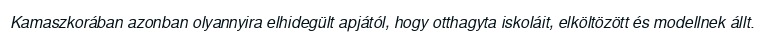
Kamaszkorában azonban olyannyira elhidegült apjától, hogy otthagyta iskoláit, elköltözött és modellnek állt.